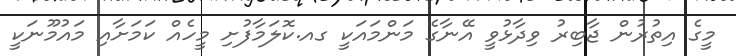
މީގެ އިތުރުން ޖާބިރު ވިދާޅުވީ އޭނާގެ މަންމައަކީ ގއ.ކޮލަމާފުށި މީހެއް ކަމަށާއި މައުމޫނަކީ